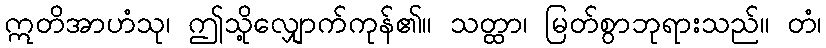
ဣတိအာဟံသု၊ ဤသို့လျှောက်ကုန်၏။ သတ္ထာ၊ မြတ်စွာဘုရားသည်။ တံ၊